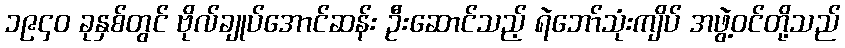
၁၉၄၀ ခုနှစ်တွင် ဗိုလ်ချုပ်အောင်ဆန်း ဦးဆောင်သည့် ရဲဘော်သုံးကျိပ် အဖွဲ့ဝင်တို့သည်